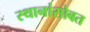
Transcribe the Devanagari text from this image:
स्थानांसोबत